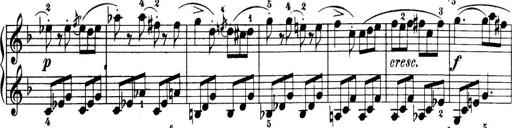
Title: 32 Sonatinas and Rondos for the Piano
Composer: Richard Kleinmichel